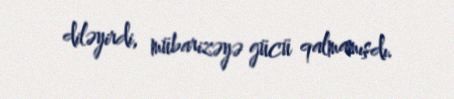
diləyirdi, mübarizəyə gücü qalmamışdı.